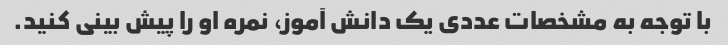
با توجه به مشخصات عددی یک دانش آموز، نمره او را پیش بینی کنید.